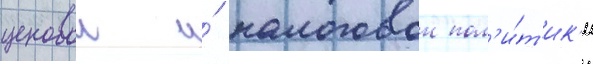
ценовои и́ налоговои пол'и́т'ик'и